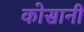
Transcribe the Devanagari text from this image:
कोसानी